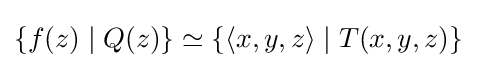
\{f(z)\mid Q(z)\}\simeq \{\langle x,y,z\rangle \mid T(x,y,z)\}